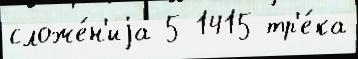
сложе́н'иjа 5 1415 тр'е́ка